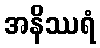
အနိဿရံ